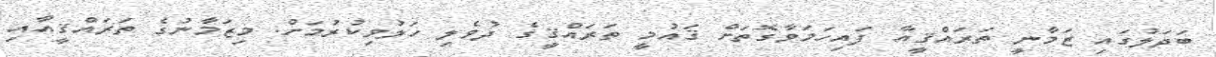
ބަދަލުގައި ޒަމާނީ ތަރައްޤީއާ ފައިހަމަވާގޮތަށް ޤައުމީ ތަރައްޤީގެ ދުވެލި ހަލުވިކުރުމަށް. މިޒަމާނުގެ ތަރައްޤީއާއި